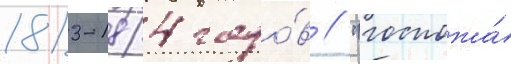
1813-1814 годо́в // "госпожа́